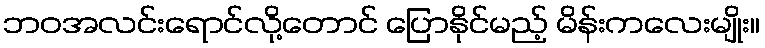
ဘဝအလင်းရောင်လို့တောင် ပြောနိုင်မည့် မိန်းကလေးမျိုး။